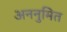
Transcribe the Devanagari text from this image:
अननुमित